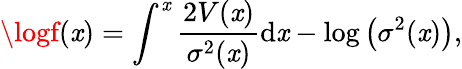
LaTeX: \logf(\mathit{x})=\int^{\mathit{x}}\frac{{2V(\mathit{x})}}{{\sigma^{2}(\mathit{x})}}\mathrm{{d}}\mathit{x}-\log\left(\sigma^{2}(\mathit{x})\right),